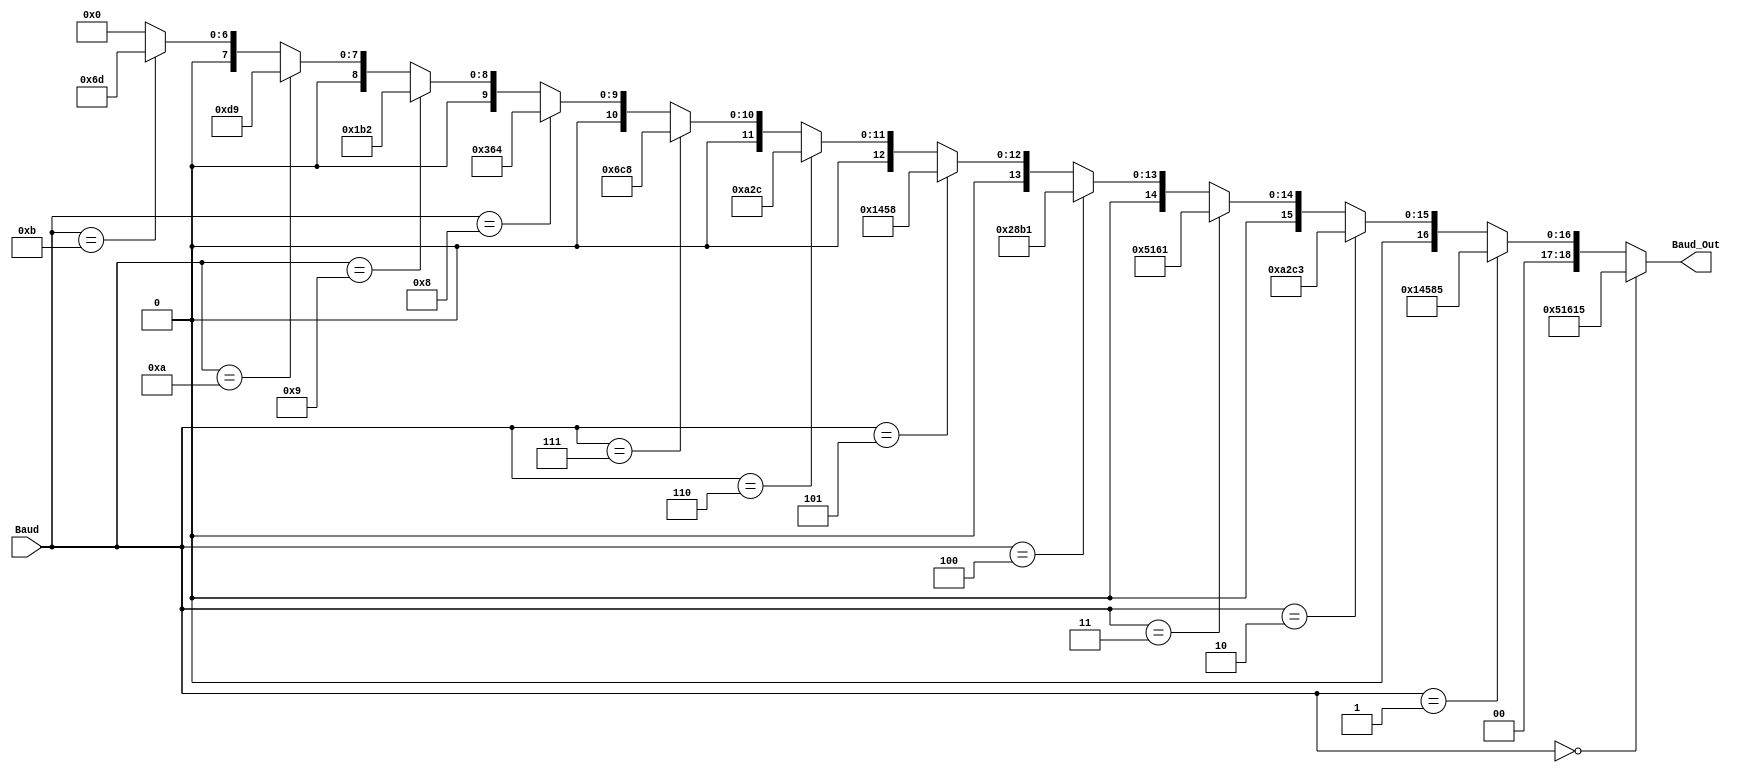
`timescale 1ns / 1ps
//////////////////////////////////////////////////////////////////////////////////
// Company: 
// Engineer: 
// 
// Design Name: 
// Module Name:    Baud_Decode 
// Project Name: 
// Target Devices: 
// Tool versions: 
// Description: 
//
// Dependencies: 
//
// Revision: 
// Revision 0.01 - File Created
// Additional Comments: 
//
//////////////////////////////////////////////////////////////////////////////////
module Baud_Decode( Baud, Baud_Out );

input   [3:0] Baud;
output [18:0] Baud_Out;

assign Baud_Out = (Baud == 4'h0) ? 19'd333333 : //300
                  (Baud == 4'h1) ?  19'd83333 : //1200
						(Baud == 4'h2) ?  19'd41667 : //2400
                  (Baud == 4'h3) ?  19'd20833 : //4800
						(Baud == 4'h4) ?  19'd10417 : //9600
                  (Baud == 4'h5) ?   19'd5208 : //19200
						(Baud == 4'h6) ?   19'd2604 : //38400
                  (Baud == 4'h7) ?   19'd1736 : //57600
						(Baud == 4'h8) ?    19'd868 : //115200
                  (Baud == 4'h9) ?    19'd434 : //230400
						(Baud == 4'hA) ?    19'd217 : //460800
                  (Baud == 4'hB) ?    19'd109 : //921600
						                      19'd0;

endmodule